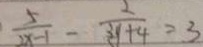
\frac { 5 } { 2 x - 1 } - \frac { 2 } { 3 y + 4 } = 3